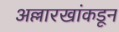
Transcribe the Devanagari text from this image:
अल्लारखांकडून